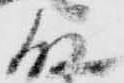
殿